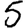
Digit: 5